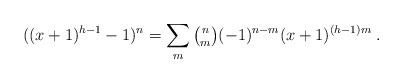
LaTeX: \begin{align*}( (x+1)^{h-1} -1)^n = \sum_{m} \tbinom{n}{m} (-1)^{n-m} (x+1)^{(h-1)m}\;. \end{align*}